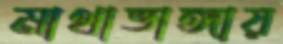
মাথাভাঙ্গায়